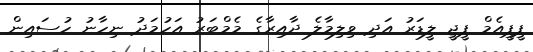
ޕީޕީއެމް ޕީޖީ ލީޑަރު އަދި ވިލިމާލެ ދާއިރާގެ މެމްބަރު އަހުމަދު ނިހާނު ހުސައިން